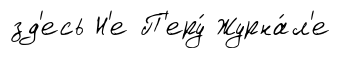
зд'есь Н'е П'еру́ Журна́л'е